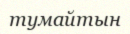
тумайтын